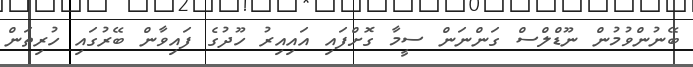
ބޭނުންވުމުން ނޫޑްލްސް ގަންނަން ސީމާ ގޮށްފައި އައިއިރު ހޫދުގެ ފައިވާން ބޭރުގައި ހުރިތަން